Indian journal of veterinary science and animal husbandry - Volume 9,
Year: 1939
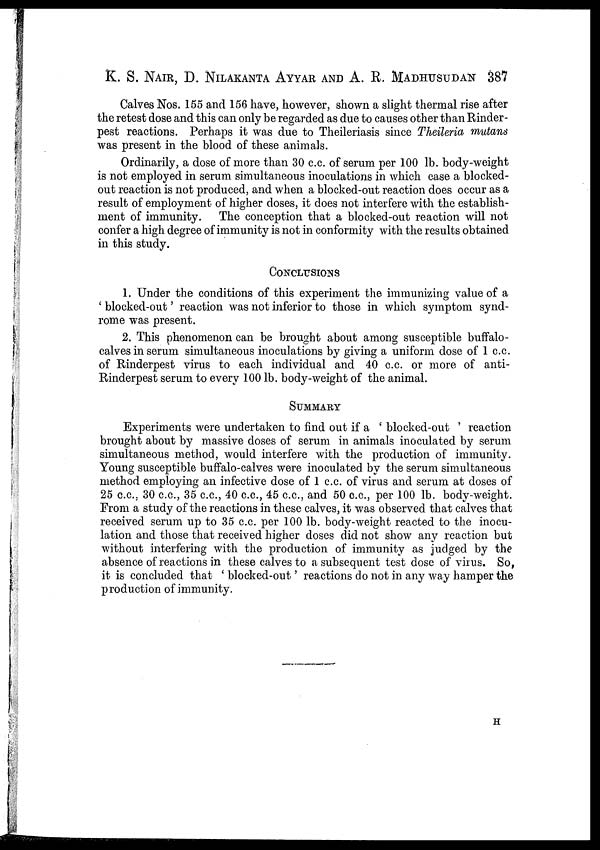
K. S. NAIR, D. NILAKANTA AYYAR AND A. R. MADHUSUDAN 387
Calves Nos. 155 and 156 have, however, shown a slight thermal rise after
the retest dose and this can only be regarded as due to causes other than Rinder-
pest reactions. Perhaps it was due to Theileriasis since Theileria mutans
was present in the blood of these animals.
Ordinarily, a dose of more than 30 c.c. of serum per 100 lb. body-weight
is not employed in serum simultaneous inoculations in which case a blocked-
out reaction is not produced, and when a blocked-out reaction does occur as a
result of employment of higher doses, it does not interfere with the establish-
ment of immunity. The conception that a blocked-out reaction will not
confer a high degree of immunity is not in conformity with the results obtained
in this study.
CONCLUSIONS
1. Under the conditions of this experiment the immunizing value of a
' blocked-out' reaction was not inferior to those in which symptom synd-
rome was present.
2. This phenomenon can be brought about among susceptible buffalo -
calves in serum simultaneous inoculations by giving a uniform dose of 1 c.c.
of Rinderpest virus to each individual and 40 c.c. or more of anti-
Rinderpest serum to every 100 lb. body-weight of the animal.
SUMMARY
Experiments were undertaken to find out if a ' blocked-out ' reaction
brought about by massive doses of serum in animals inoculated by serum
simultaneous method, would interfere with the production of immunity.
Young susceptible buffalo-calves were inoculated by the serum simultaneous
method employing an infective dose of 1 c.c. of virus and serum at doses of
25 c.c. 30 c.c., 35 c.c., 40 c.c., 45 c.c., and 50 c.c., per 100 lb. body-weight.
From a study of the reactions in these calves, it was observed that calves that
received serum up to 35 c.c. per 100 lb. body-weight reacted to the inocu-
lation and those that received higher doses did not show any reaction but
without interfering with the production of immunity as judged by the
absence of reactions in these calves to a subsequent test dose of virus. So,
it is concluded that 'blocked-out' reactions do not in any way hamper the
production of immunity.
H